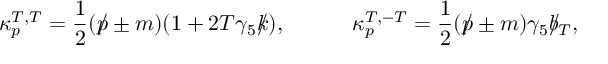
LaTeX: \kappa _ { p } ^ { T , T } = \frac { 1 } { 2 } ( \rlap / p \pm m ) ( 1 + 2 T \gamma _ { 5 } \rlap / k ) , \ ~ ~ ~ ~ ~ ~ ~ \ \kappa _ { p } ^ { T , - T } = \frac { 1 } { 2 } ( \rlap / p \pm m ) \gamma _ { 5 } \rlap / b _ { T } ,